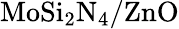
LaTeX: \mathrm{MoSi_{2}N_{4}/ZnO}